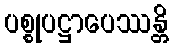
ပစ္စုပဋ္ဌာပေဿန္တိ